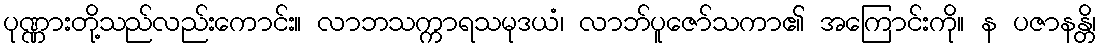
ပုဏ္ဏားတို့သည်လည်းကောင်း။ လာဘသက္ကာရသမုဒယံ၊ လာဘ်ပူဇော်သကာ၏ အကြောင်းကို။ န ပဇာနန္တိ၊